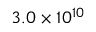
3 . 0 \times 1 0 ^ { 1 0 }